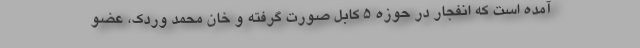
آمده است که انفجار در حوزه ۵ کابل صورت گرفته و خان محمد وردک،‌ عضو